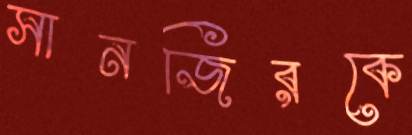
সানজিরকে